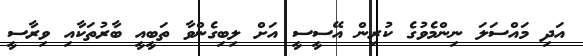
އަދި މައްސަލަ ނިންމެވުގެ ކުރިން އޭސީސީ އަށް ލިބިގެންވާ ތަބީއީ ބާރުތަކާއި ވިރާސީ